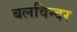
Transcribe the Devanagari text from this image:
बलविन्दर